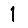
Digit: 1